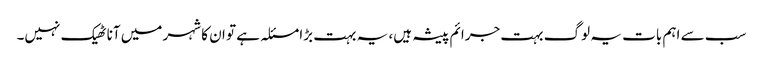
سب سے اہم بات یہ لوگ بہت جرائم پیشہ ہیں، یہ بہت بڑا مسئلہ ہے تو ان کا شہر میں آنا ٹھیک نہیں۔